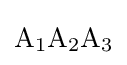
\mathrm {A_{1}A_{2}A_{3}}